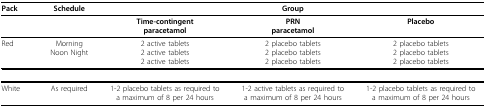
<table><thead><tr><td><b>Pack</b></td><td><b>Schedule</b></td><td colspan="3"><b>Group</b></td></tr></thead><tbody><tr><td></td><td></td><td><b>Time-contingent</b><b>paracetamol</b></td><td><b>PRN</b><b>paracetamol</b></td><td><b>Placebo</b></td></tr><tr><td>Red</td><td>MorningNoon Night</td><td>2 active tablets2 active tablets2 active tablets</td><td>2 placebo tablets2 placebo tablets2 placebo tablets</td><td>2 placebo tablets2 placebo tablets2 placebo tablets</td></tr><tr><td>White</td><td>As required</td><td>1-2 placebo tablets as required to a maximum of 8 per24 hours</td><td>1-2 active tablets as required to a maximum of 8 per 24 hours</td><td>1-2 placebo tabletsas required to a maximum of 8 per24 hours</td></tr></tbody></table>